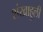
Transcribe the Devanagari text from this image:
शंखाहुली